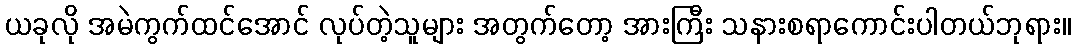
ယခုလို အမဲကွက်ထင်အောင် လုပ်တဲ့သူများ အတွက်တော့ အားကြီး သနားစရာကောင်းပါတယ်ဘုရား။